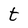
Character: t